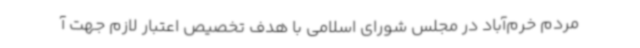
مردم خرم‌آباد در مجلس شورای اسلامی با هدف تخصیص اعتبار لازم جهت آ